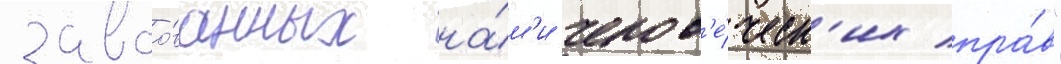
завоо́ванных на́м'и челов'е́ческ'их пра́в"